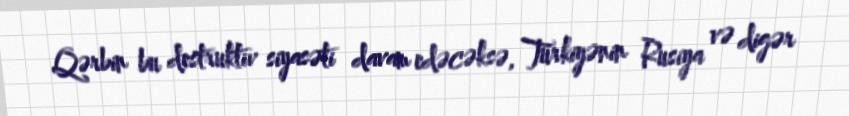
Qərbin bu destruktiv siyasəti davam edəcəksə, Türkiyənin Rusiya və digər